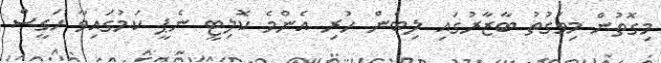
މިގޮތުން މިވަގުތު ބާޒާރުގައި ލިބެން ހުރި އެންމެ ކޮލިޓީ ނެޕީ ކަމުގައިވާ ހަގީސް